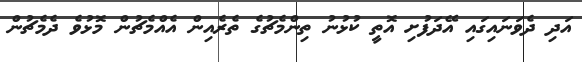
އަދި ދެވަނައިގައި އޭދަފުށި އޮތީ ކުޅުނު ތިންމެޗުގެ ތެރެއިން އެއްމެޗުން މޮޅުވެ ދެމެޗުން